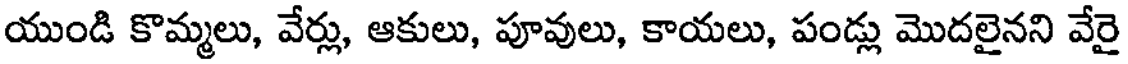
యుండి కొమ్మలు, వేర్లు, ఆకులు, పూవులు, కాయలు, పండ్లు మొదలైనని వేరై